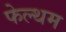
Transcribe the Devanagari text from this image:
फेल्थम